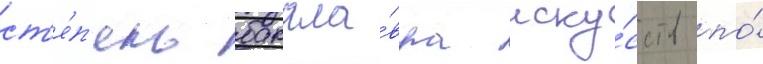
ст'е́п'ень бакала́вра иску́сств по́